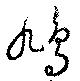
鳩